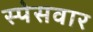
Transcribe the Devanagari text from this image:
स्पेसवार